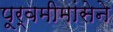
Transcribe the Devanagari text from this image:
पूर्वमीमांसेने